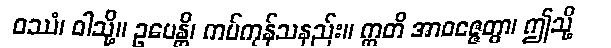
ဝဿံ၊ ဝါသို့။ ဥပေန္တိ၊ ကပ်ကုန်သနည်း။ ဣတိ အာဝဇ္ဇေတွာ၊ ဤသို့